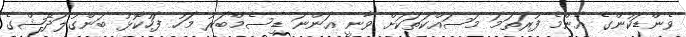
ވެންޑަކުންގެ އެންމެ ފުރަތަމަ މަސައްކަތަކަށް ވާނީ އަންނަ ޑިސެމްބަރު މަހު ފަހުކޮޅު ބަންގުލަދޭޝްގެ